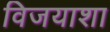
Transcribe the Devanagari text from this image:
विजयाशा